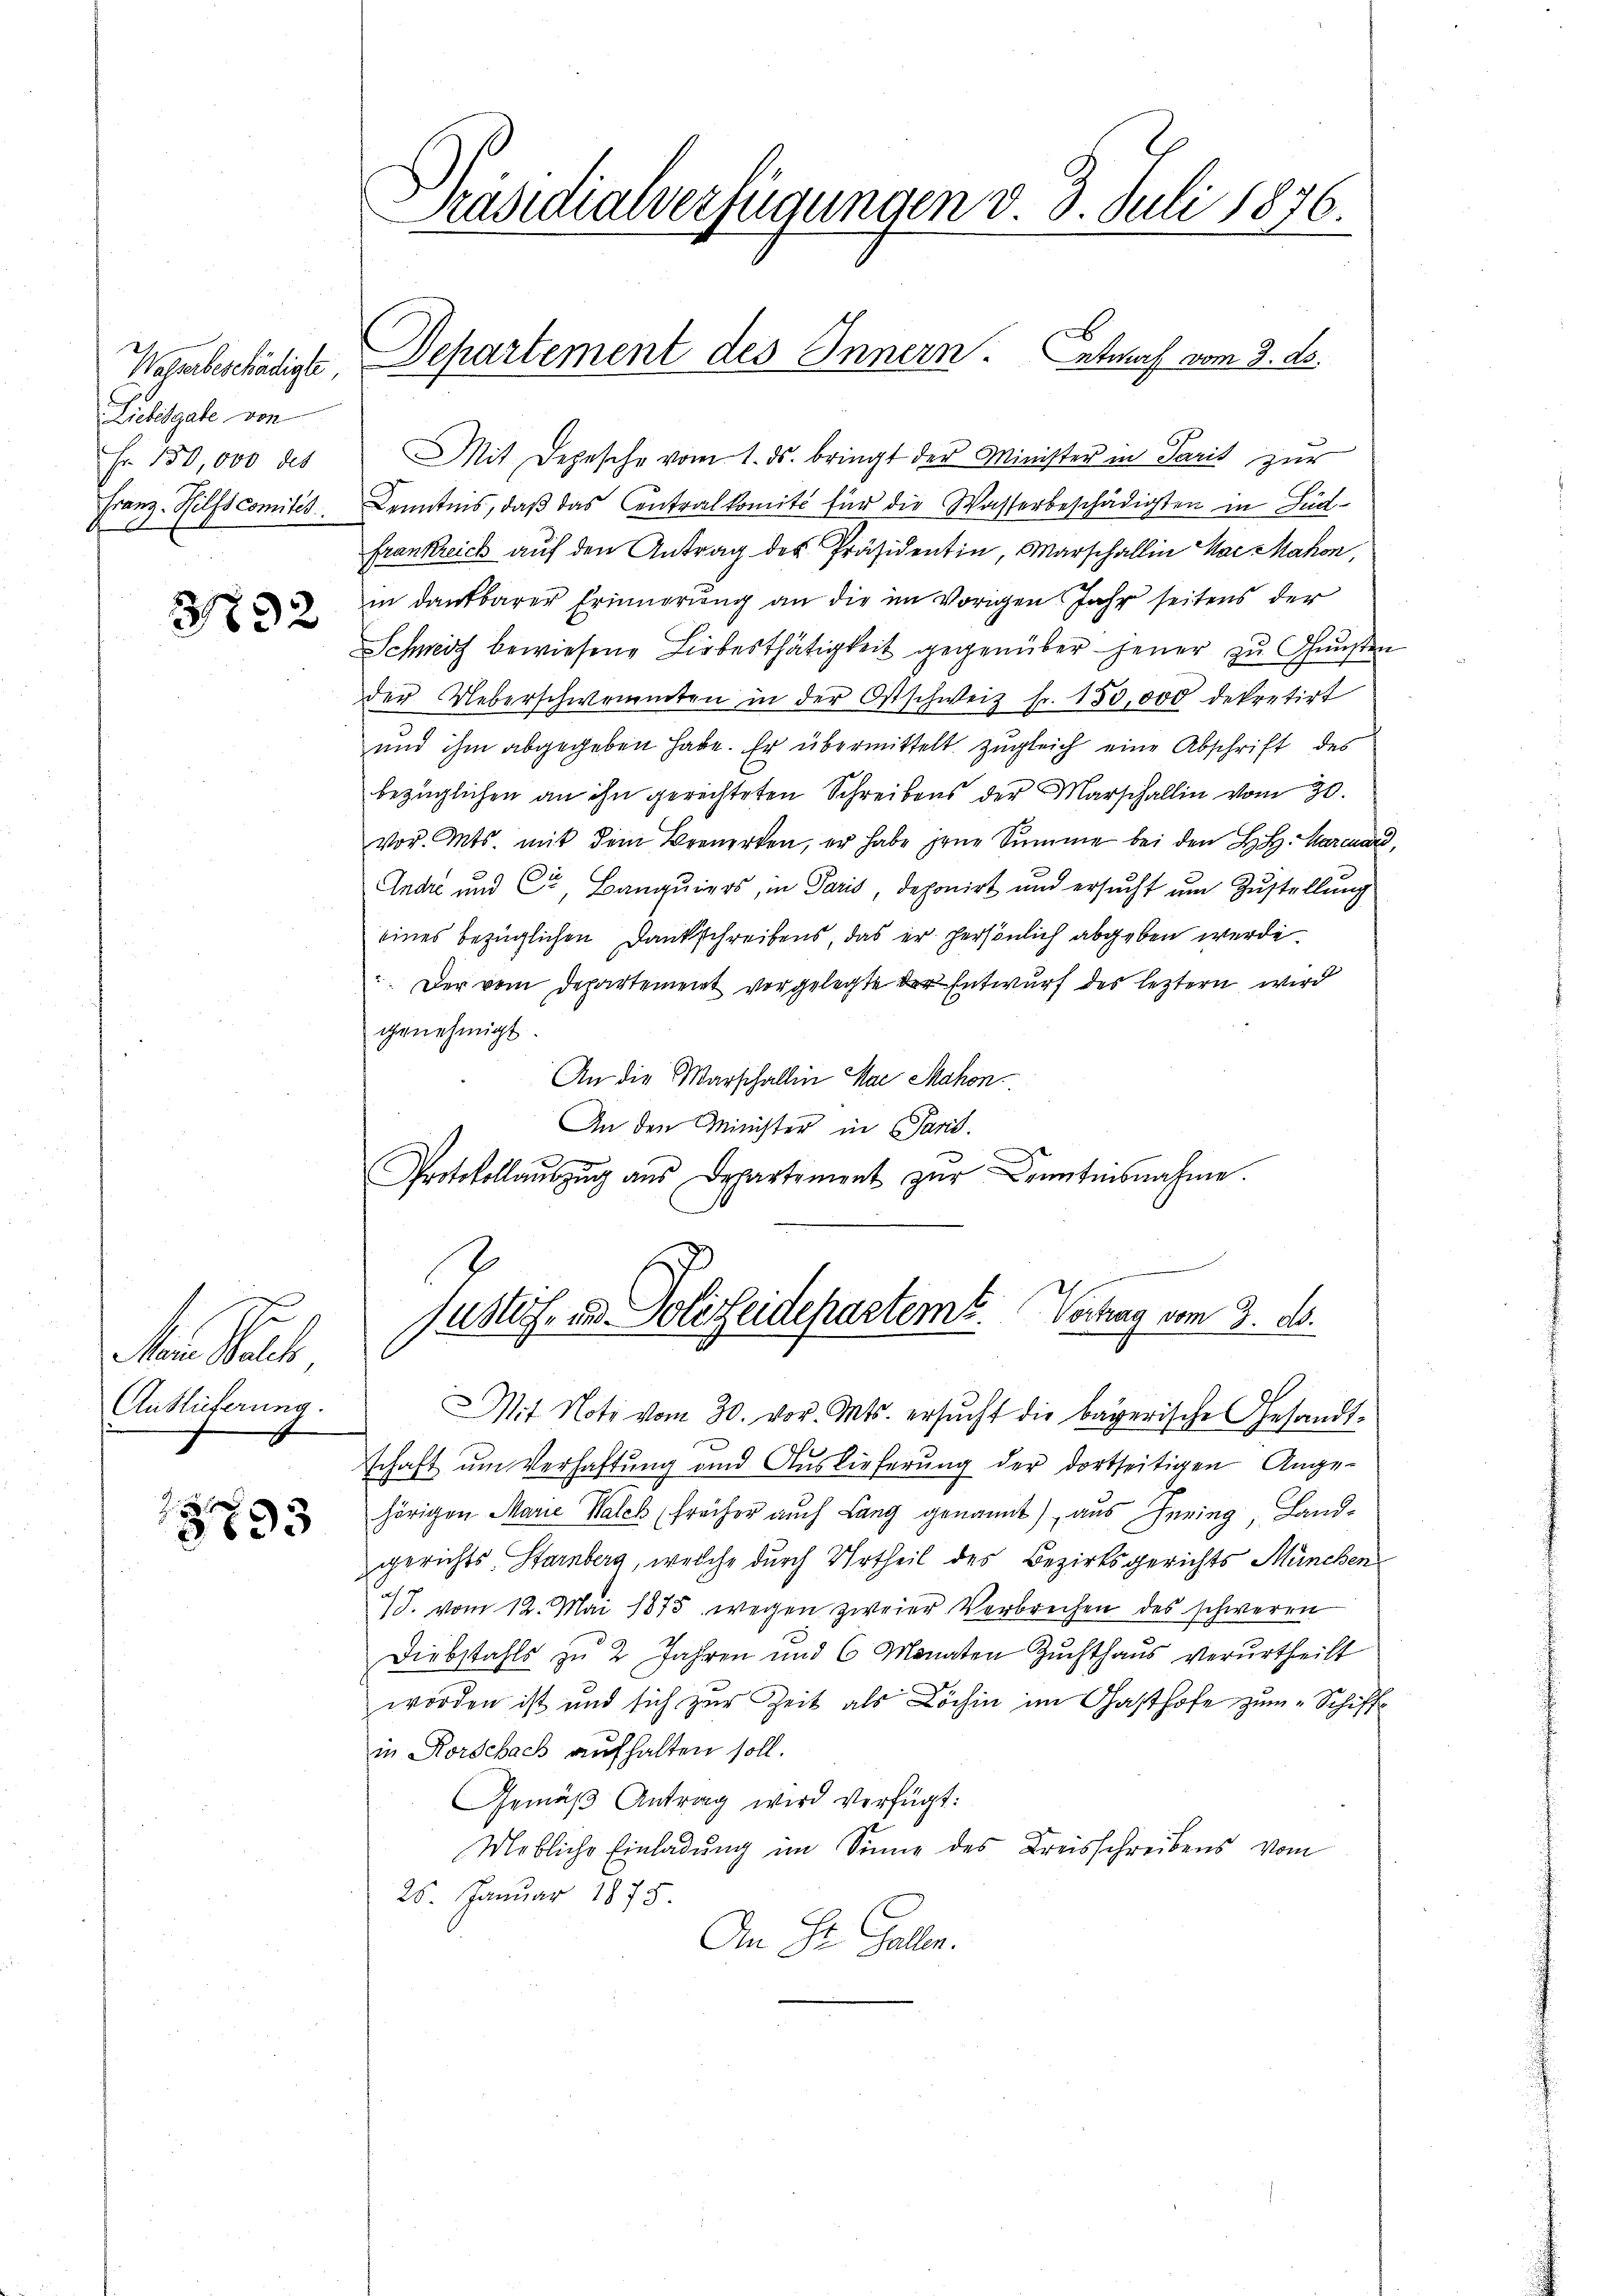
Wasserbeschädigte,
Liebesgabe von
Fr. 150,000 des
Franz- Hilfscomitis

31832

Mann Balle,
Auslieferung.

8893

Präsidialverfügungen d. 3. Juli 1876
2

Mit Depesche vom 1. ds. bringt der Minister in Paris zur
Kenntnis, daß das entralkomité für die Wasserbeschädigten in Für
frankreich auf den Antrag des Präsidentin, Marschallin MaczMahon,
in dankbarer Erinnerung an die im Vorigen. Jahr seitens der
Schweiz bewiesene Lieberthätigkeit gegenüber jener zu Gunsten
der Ueberschwemmten in der Ostschweiz fr. 150,000 dekretirt
und ihm abgegeben habe. Er übermittelt zugleich eine Abschrift des
bezüglichen an ihn gerichteten Schreibens der Marschallin vom 30.
vor. Mts. mit dem Bemerken, er habe jene Summe bei den H. H. Marcuard,
Endre und Cor Banquiers, in Paris, deponirt und ersucht um Zustellung
eines bezüglichen Dankschreibens, das er persönlich abgeben werde.
. Der vom Departement vorgelegte der Entwurf des leztern wird
genehmigt.
An die Warschallin Mai Mahon
An den Minister in Paris.
Protokollaŭszŭg aŭs Departement zŭr Kenntnisnahme.

x
Departement des Innern. etwas vom 2. ds.

Justif- u. Polizeidepartemt. Vortrag vom 3. ds.

Mit Noti vom 30. vor. Mts. ersucht die bayerische Gesandtschaft um Verhaftung und Auslieferung der dortseitigen Ange-
hörigen Marie Walch freiher auch Lang genannt) aus Gering, Landgerichts-Starnberg, welche durch Urtheil des Bezirksgerichts München
/J. vom 12. Mai 1875 wegen zweier Verbrechen des schweren
Diebstahls zu 2 Jahren und 6 Monaten Zuchthaus verurtheilt
worden ist und sich zur Zeit als Löchin im Gasthofe zum Schiff
in Rorschach aufhalten soll.
Gemäβ Antrag wird verfügt:
Mebliche Einladung im Sinne des Kreisschreibens vom
25. Januar 1875.
An St. Gallen.